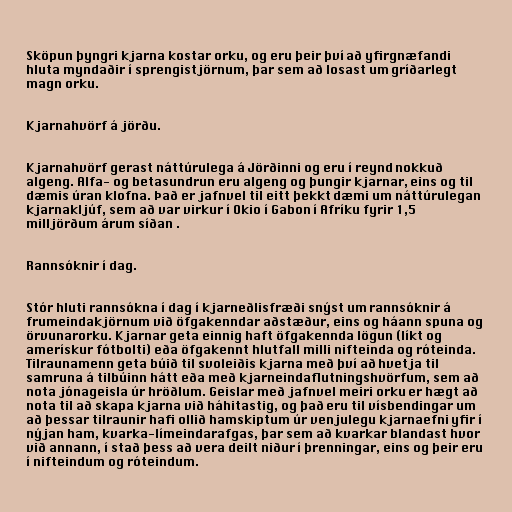
Sköpun þyngri kjarna kostar orku, og eru þeir því að yfirgnæfandi
hluta myndaðir í sprengistjörnum, þar sem að losast um gríðarlegt
magn orku.

Kjarnahvörf á jörðu.

Kjarnahvörf gerast náttúrulega á Jörðinni og eru í reynd nokkuð
algeng. Alfa- og betasundrun eru algeng og þungir kjarnar, eins og til
dæmis úran klofna. Það er jafnvel til eitt þekkt dæmi um náttúrulegan
kjarnakljúf, sem að var virkur í Okio í Gabon í Afríku fyrir 1,5
milljörðum árum síðan .

Rannsóknir í dag.

Stór hluti rannsókna í dag í kjarneðlisfræði snýst um rannsóknir á
frumeindakjörnum við öfgakenndar aðstæður, eins og háann spuna og
örvunarorku. Kjarnar geta einnig haft öfgakennda lögun (líkt og
amerískur fótbolti) eða öfgakennt hlutfall milli nifteinda og róteinda.
Tilraunamenn geta búið til svoleiðis kjarna með því að hvetja til
samruna á tilbúinn hátt eða með kjarneindaflutningshvörfum, sem að
nota jónageisla úr hröðlum. Geislar með jafnvel meiri orku er hægt að
nota til að skapa kjarna við háhitastig, og það eru til vísbendingar um
að þessar tilraunir hafi ollið hamskiptum úr venjulegu kjarnaefni yfir í
nýjan ham, kvarka-límeindarafgas, þar sem að kvarkar blandast hvor
við annann, í stað þess að vera deilt niður í þrenningar, eins og þeir eru
í nifteindum og róteindum.